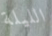
الليلة